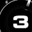
Digit: 3